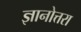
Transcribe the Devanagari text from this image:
ज्ञानोत्तरा